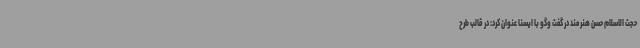
حجت الاسلام حسن هنرمند در گفت وگو با ایسنا عنوان کرد: در قالب طرح